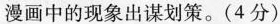
漫画中的现象出谋划策。（4分）